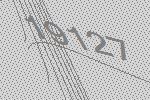
19127